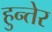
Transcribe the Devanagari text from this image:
हुन्तेर